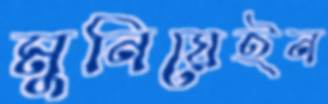
মুনিয়েইন